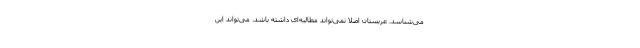
می‌شناسد. عربستان اصلاً نمی‌تواند مطالبه‌ای داشته باشد. می‌تواند این